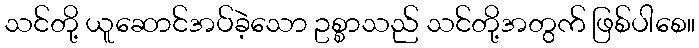
သင်တို့ ယူဆောင်အပ်ခဲ့သော ဥစ္စာသည် သင်တို့အတွက် ဖြစ်ပါစေ။